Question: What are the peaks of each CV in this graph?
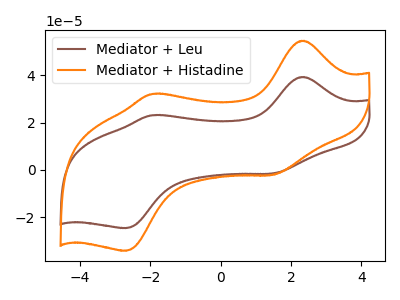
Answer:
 <answer>The brown curve "Mediator + Leu" has anodic peaks at (2.35V, 39.35uA) (-1.95V, 23.20uA) and cathodic peaks at (1.50V, -1.50uA) (-2.70V, -24.60uA). The orange curve "Mediator + Histadine" has anodic peaks at (2.35V, 54.70uA) (-1.95V, 32.20uA) and cathodic peaks at (1.50V, -2.10uA) (-2.70V, -34.15uA).</answer>
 <eval></eval>